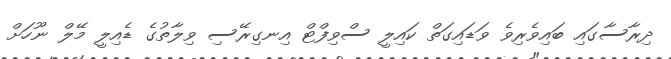
ދިރާސާގައި ބައިވެރިވެ ވަޑައިގަތް ކައިލީ ސްވިފްޓް އިނގިރޭސި ވިލާތުގެ ޑެއިލީ މޭލް ނޫހަށް